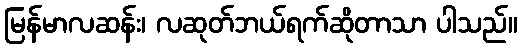
မြန်မာလဆန်း၊ လဆုတ်ဘယ်ရက်ဆိုတာသာ ပါသည်။